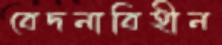
বেদনাবিহীন